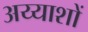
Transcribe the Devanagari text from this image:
अय्याशों